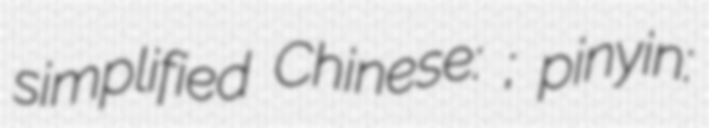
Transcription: simplified Chinese: 董翔龙; pinyin: